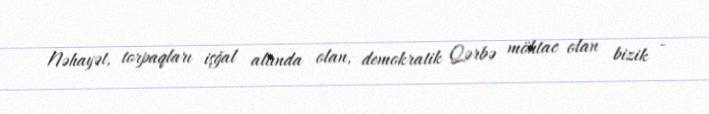
Nəhayət, torpaqları işğal altında olan, demokratik Qərbə möhtac olan bizik -